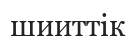
шииттік